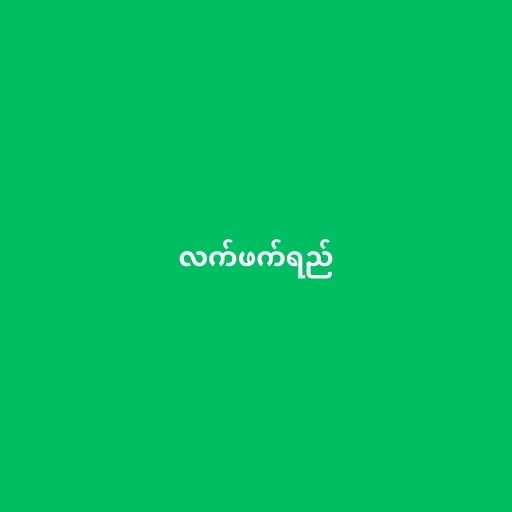
လက်ဖက်ရည်